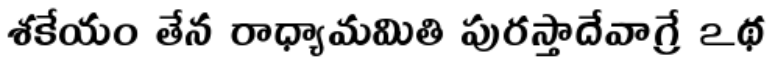
శకేయం తేన రాధ్యామమితి పురస్తాదేవాగ్రే ఽథ